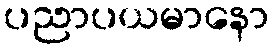
ပညာပယမာနော